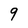
Character: 9